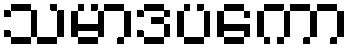
သမာဒပကော